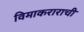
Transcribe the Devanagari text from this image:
विमाकराराची